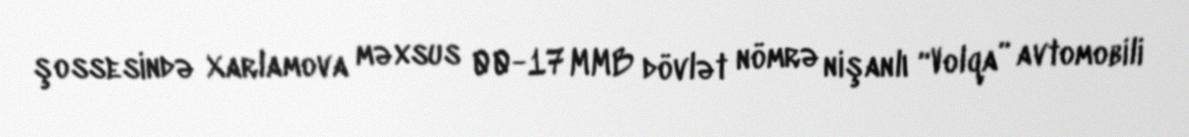
şossesində Xarlamova məxsus 00-17 MMB dövlət nömrə nişanlı “Volqa” avtomobili